system: You are a helpful assistant.
user:
Analyze the provided spectrum to determine if it is a **M-type Giant (gM)**.

A M-type Giant spectrum is defined by its **strong molecular absorption** features, particularly from **Titanium Oxide (TiO)**. You must check for one of the following mutually exclusive signatures:

- **Key Visual Indicators (Absorption-Dominated Spectrum):**

    - **(Primary):** The spectrum is dominated by strong molecular absorption from **Titanium Oxide (TiO)**. This is the **defining feature** of its M-type temperature class.
        - **(Key Bandheads):** Look for sharp, "saw-tooth" absorption valleys. The strongest are located near **~7050 Å**, **~6160 Å**, and **~5170 Å**.
        - **(Line Profile):** The "saw-tooth" morphology is critical: a **sharp, steep drop on the BLUE (short-wavelength) side** of the bandhead, followed by a gradual recovery (rising flux) towards the RED (long-wavelength) side.

    - **(Key Confirmation - Giant vs. Dwarf):** **ABSENCE** of strong **Calcium Hydride (CaH)** molecular bands. This is the primary diagnostic for *excluding* M-dwarfs.
        - **(Key Region):** The spectrum should lack the strong, broad absorption band seen in dwarfs between **~6800 Å and ~7000 Å**.

    - **(Secondary Confirmation - Giant):** A very strong and broad **Neutral Calcium (Ca I)** atomic absorption line.
        - **(Key Line):** Located at **~4226 Å**. In a giant (gM), this line is significantly deeper and broader than the same line in an M-dwarf (dM) due to low surface gravity.

    - **(Overall Spectrum):**
        - The continuum is **extremely red-sloping** (i.e., flux is very low in the blue and rises dramatically towards the red).
        - The entire spectrum appears "chopped up" by the deep TiO bands.

Think first, call **spectral_visualization_tool** if needed to examine features in detail, then provide your final answer. Your response must adhere to the following strict rules:
1.  **Overall Structure:** Your response must follow the format `<think>...</think> <tool_call>...</tool_call> (if a tool is used) <answer>...</answer>`.
2.  **Tool Usage Constraint:** You may only make **one** tool call per turn.
3.  **Final Answer Format:** In the `<answer>` tag, your conclusion must be inside a `\boxed{}` command (e.g., `\boxed{YES}` or `\boxed{NO}`), followed by your justification.

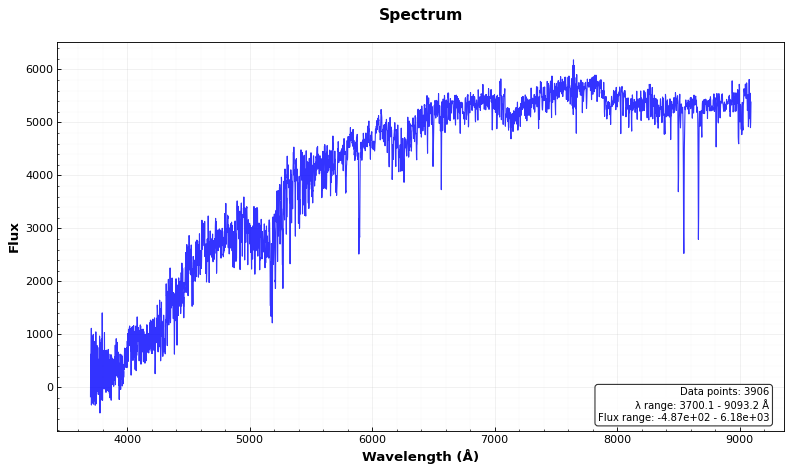
Answer: NO